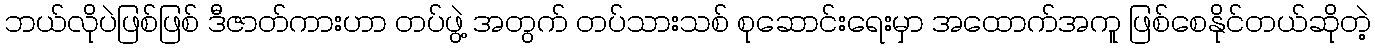
ဘယ်လိုပဲဖြစ်ဖြစ် ဒီဇာတ်ကားဟာ တပ်ဖွဲ့ အတွက် တပ်သားသစ် စုဆောင်းရေးမှာ အထောက်အကူ ဖြစ်စေနိုင်တယ်ဆိုတဲ့